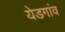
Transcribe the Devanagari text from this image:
येडगांव